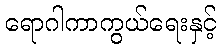
ရောဂါကာကွယ်ရေးနှင့်